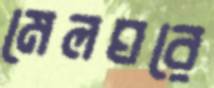
মেলঘরে